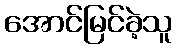
အောင်မြင်ခဲ့သူ